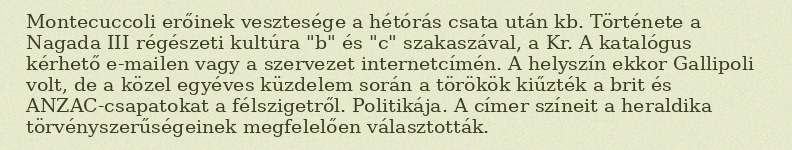
Montecuccoli erőinek vesztesége a hétórás csata után kb. Története a Nagada III régészeti kultúra "b" és "c" szakaszával, a Kr. A katalógus kérhető e-mailen vagy a szervezet internetcímén. A helyszín ekkor Gallipoli volt, de a közel egyéves küzdelem során a törökök kiűzték a brit és ANZAC-csapatokat a félszigetről. Politikája. A címer színeit a heraldika törvényszerűségeinek megfelelően választották.